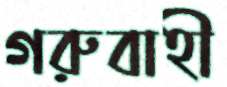
গরুবাহী